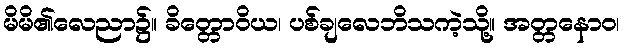
မိမိ၏လေညာ၌။ ခိတ္တောဝိယ၊ ပစ်ချလေဘိသကဲ့သို့။ အတ္တနောဝ၊